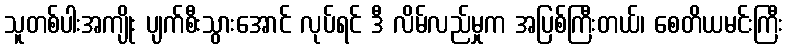
သူတစ်ပါးအကျိုး ပျက်စီးသွားအောင် လုပ်ရင် ဒီ လိမ်လည်မှုက အပြစ်ကြီးတယ်၊ စေတိယမင်းကြီး